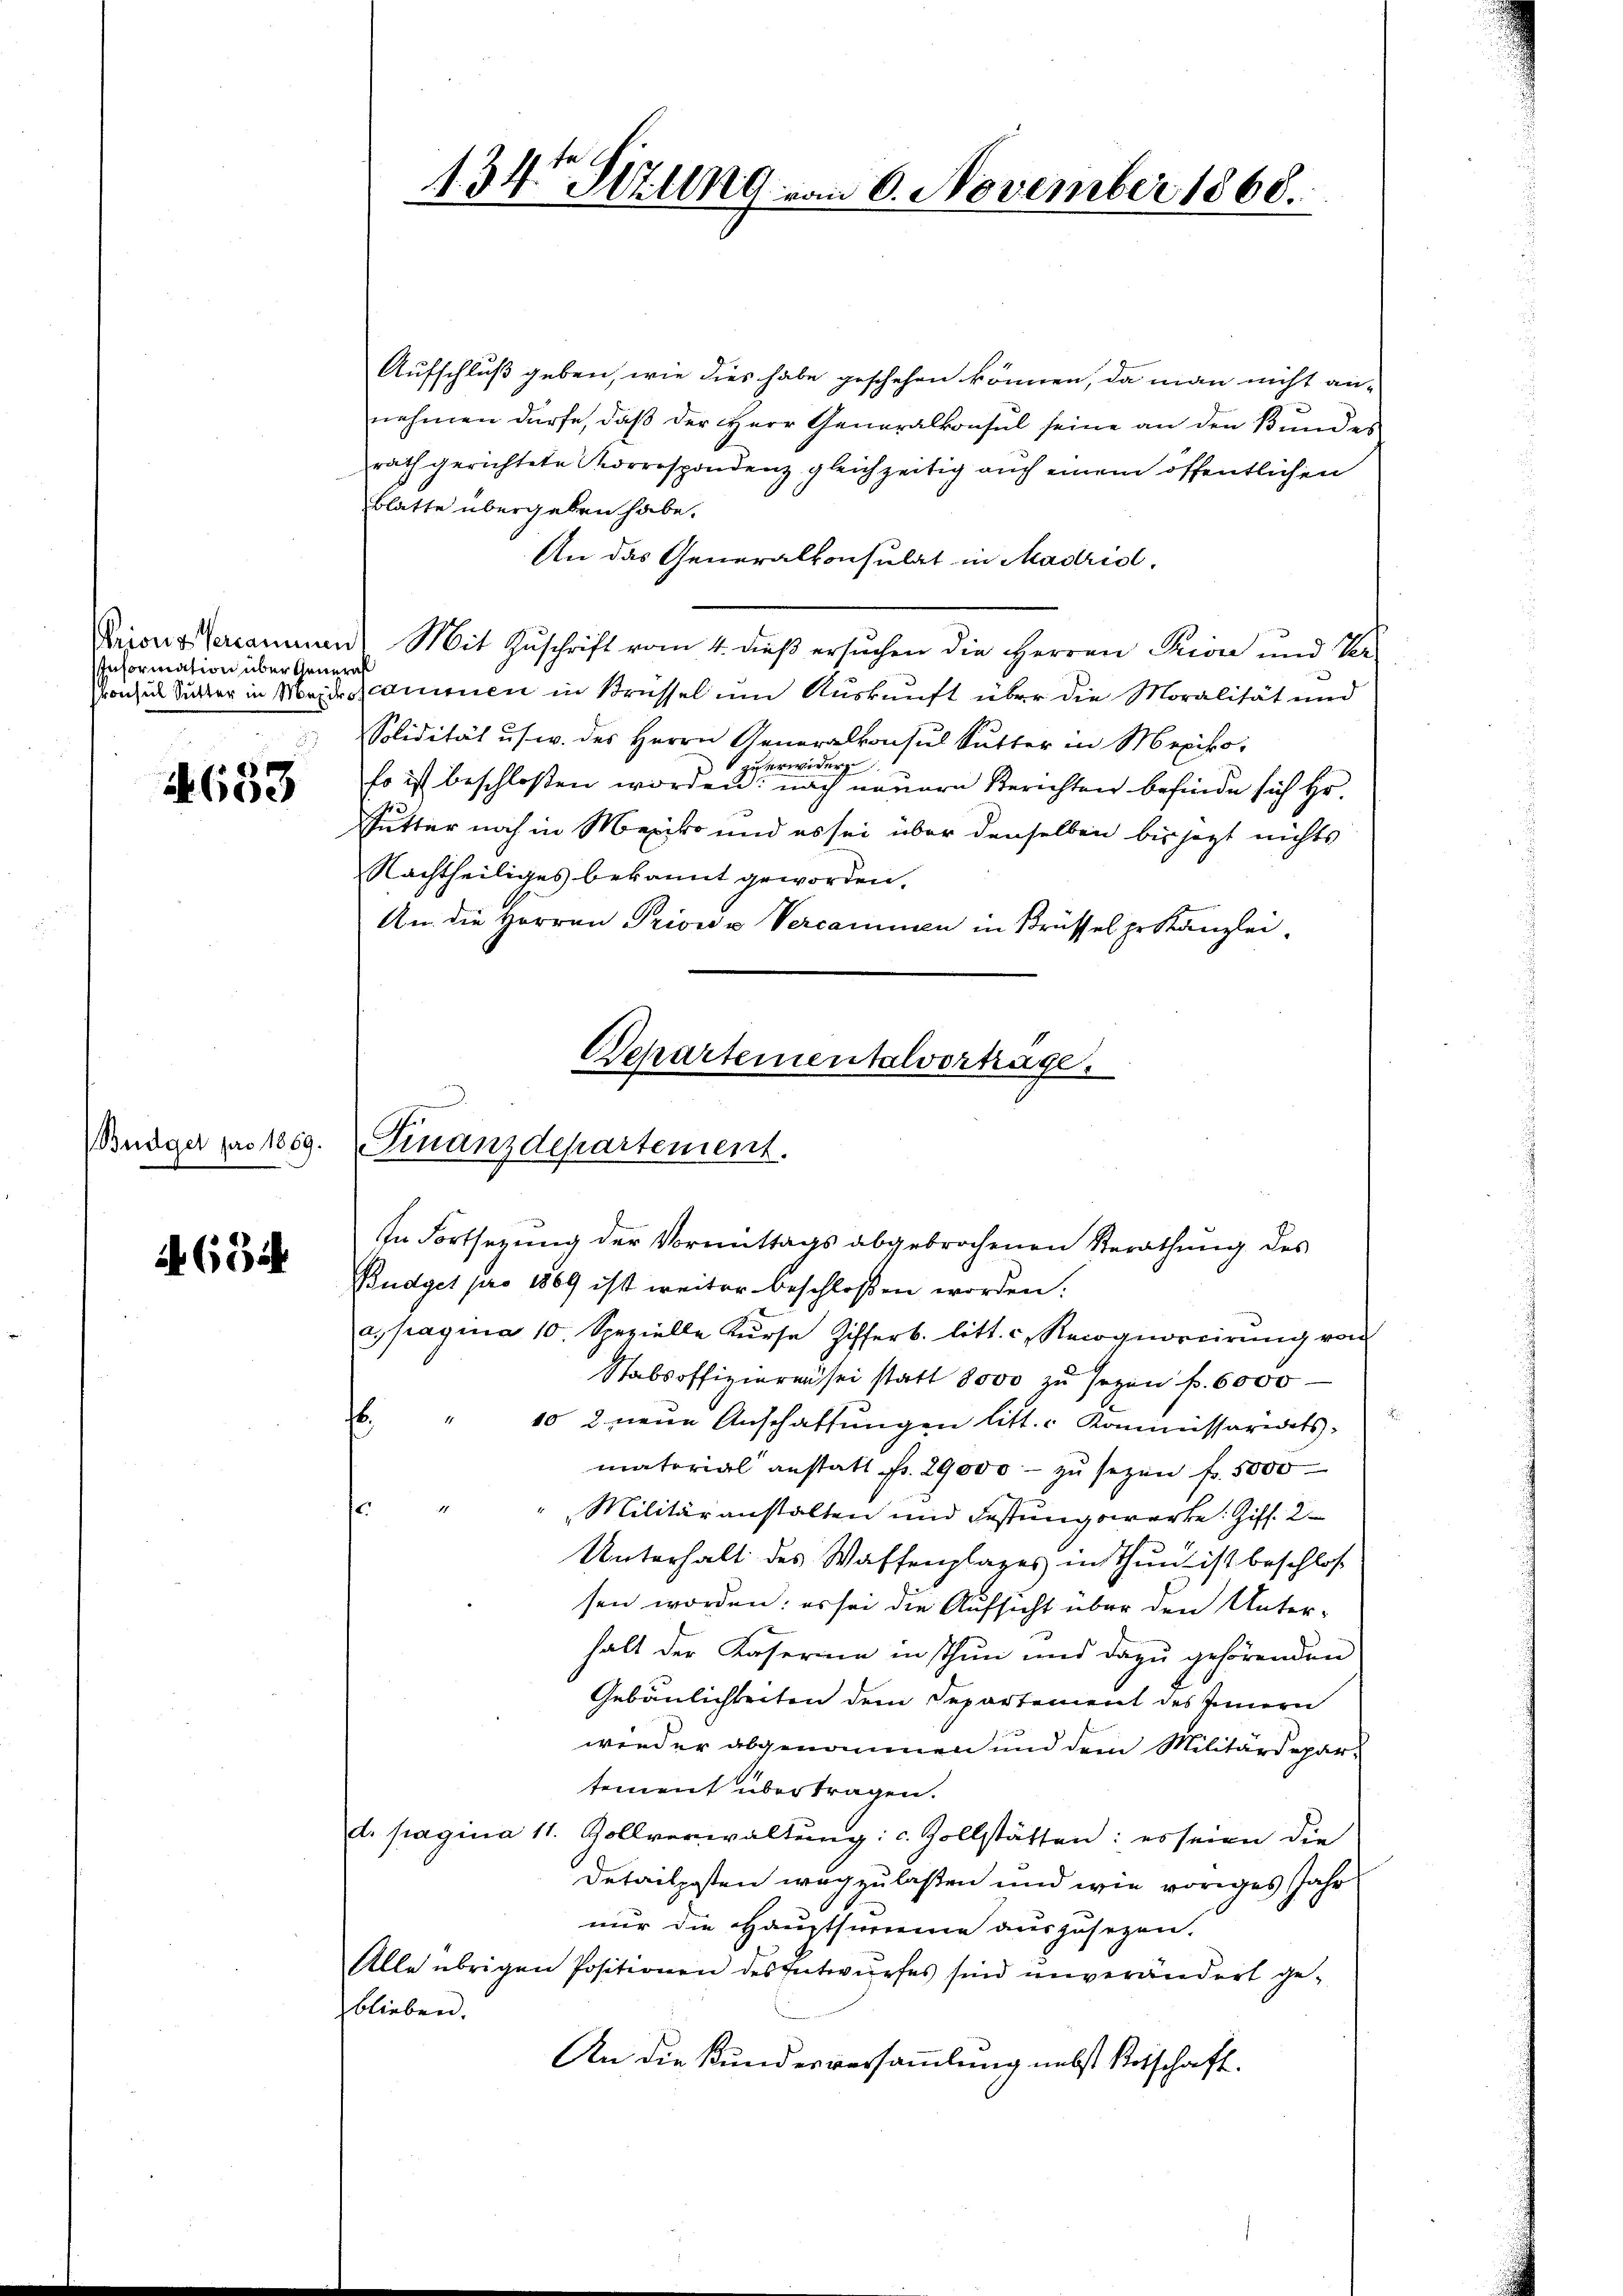
Information über General

2
 60

Büdget pro 1869.

68

Aufschluß geben, wie dies habe geschehen können, da man nicht an-
nehmen dürfe, daß der HHerr Generalkonsul seine an den Bundes
rath gerichtete Korrespondenz gleichzeitig auch einem öffentlichen
Blatte übergeben habe.
An das Generalkonsulat in Madrid.
Krions Versammen. Mit Zŭschrift vom 4. dieβ ersŭchen die Herren Priva und Ver-
Konsul Sitter in Meidersammen in Strassel um Auskunft über die Moralität und
Solidität usw. des Herrn Generalkonsul Sutter in Mexiko
zu erwiderg
so ist beschloßen worden: nach neuern Berichten befinde sich Hr.
Futter noch in Mexiko und es sei über denselben bis jezt nichts
Nachtheiliges bekannt geworden.
An die Herren Priori Versammen in Brüssel pr Kanzlei¬
Departementalvertrage.

Finanzdepartement.

In Fortsezung der Vormittags abgebrochenen Berathung des
Budget pro 1869 ist weiter beschlossen worden.
e. pagina 10. Spezielle Kŭrse Zifferb. litt. c. Recognoreirŭng von
Stabsoffizieren sei statt 8000 zu sezen f. 6000
6
10 2 neue Anschaffungen litt. Kommissariats-
s
matorial anstatt fr. 29000.- zŭ sezen fr. 5000
.
"Militäranstalten und Festungswerke: Ziff. 2
Unterhalt des Waffenplages in Thun ist beschloß
sen worden: es sei die Aufsicht über den Unterhalt der Kaserin in Thun und dazu gehörenden
Gebäulichkeiten dem Separtement des Innern
wieder abgenommen und dem Militärdepar-
tement übertragen.
d. pagina 11. Zollverwaltung: c. Zollstätten: es seien die
Detailposten wegzulaßen und wie voriges Jahr
nur die Hauptsumme auszusehen.
Alle übrigen Positionen des Entwurfes sind unverändert geblieben.
An die Kundesversammlung nebst Botschaft.

134. Hell vom 6. November 1868.

u